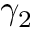
\gamma _ { 2 }